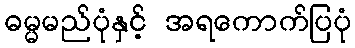
ဓမ္မမည်ပုံနှင့် အရကောက်ပြပုံ